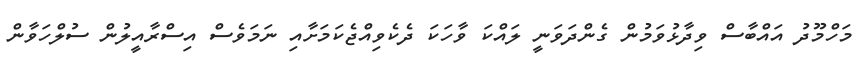
މަހްމޫދު އައްބާސް ވިދާޅުވަމުން ގެންދަވަނީ ލައްކަ ވާހަކަ ދެކެވިއްޖެކަމަށާއި ނަމަވެސް އިސްރާއީލުން ސުލްހަވާން